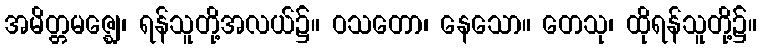
အမိတ္တမဇ္ဈေ၊ ရန်သူတို့အလယ်၌။ ဝသတော၊ နေသော။ တေသု၊ ထိုရန်သူတို့၌။